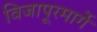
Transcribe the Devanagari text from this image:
विजापूरमार्गे